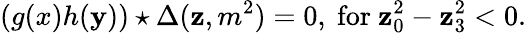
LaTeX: (g(x)h(\mathbf{y}))\star\Delta(\mathbf{z},m^{2})=0,~\mathrm{{for}}~\mathbf{z}_{0}^{2}-\mathbf{z}_{3}^{2}<0.